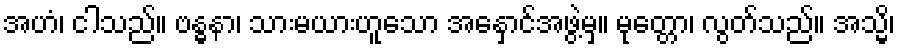
အဟံ၊ ငါသည်။ ဗန္ဓနာ၊ သားမယားဟူသော အနှောင်အဖွဲ့မှ။ မုတ္တော၊ လွတ်သည်။ အသ္မိ၊